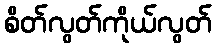
စိတ်လွတ်ကိုယ်လွတ်